Report of the Indian Hemp Drugs Commission, 1894-1895 - Volume IV
Year: 1894
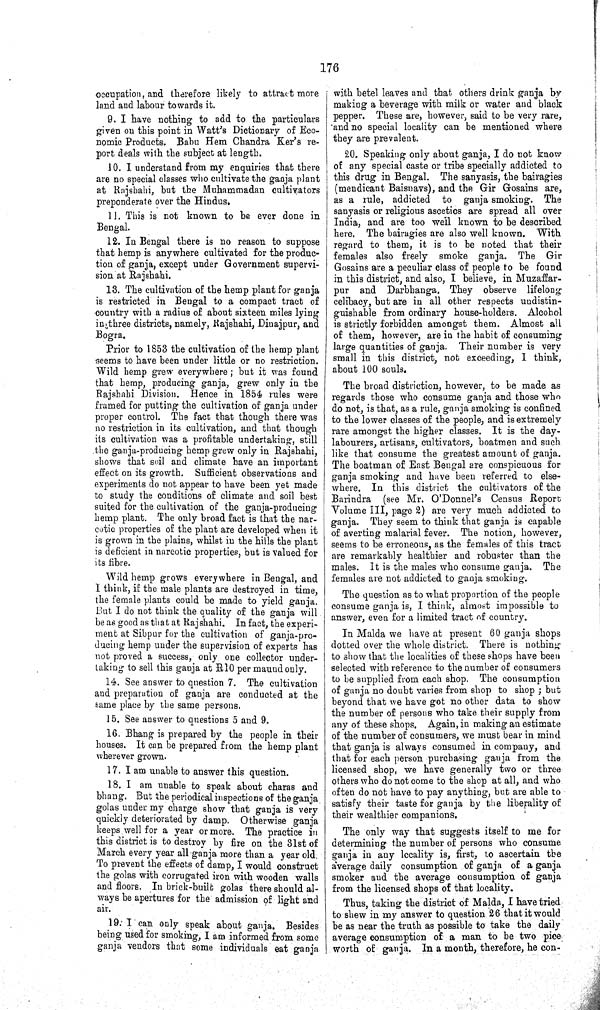
176
occupation, and therefore likely to attract more
land and labour towards it.
9. I have nothing to add to the particulars
given on this point in Watt's Dictionary of Eco¬
nomic Products. Babu Hem Chandra Ker's re¬
port deals with the subject at length.
10. I understand from my enquiries that there
are no special classes who cultivate the ganja plant
at Rajshahi, but the Muhammadan cultivators
preponderate over the Hindus.
11. This is not known to be ever done in
Bengal.
12. In Bengal there is no reason to suppose
that hemp is anywhere cultivated for the produc¬
tion of ganja, except under Government supervi¬
sion at Rajshahi.
13. The cultivation of the hemp plant for ganja
is restricted in Bengal to a compact tract of
country with a radius of about sixteen miles lying
in three districts, namely, Rajshahi, Diuajpur, and
Bogra.
Prior to 1853 the cultivation of the hemp plant
seems to have been under little or no restriction.
Wild hemp grew everywhere; but it was found
that hemp, producing ganja, grew only in the
Rajshahi Division. Hence in 1854 rules were
framed for putting the cultivation of ganja under
proper control. The fact that though there was
no restriction in its cultivation, and that though
its cultivation was a profitable undertaking, still
the ganja-producing hemp grew only in Rajshahi,
shows that soil and climate have an important
effect on its growth. Sufficient observations and
experiments do not appear to have been yet made
to study the conditions of climate and soil best
suited for the cultivation of the ganja-producing
hemp plant. The only broad fact is that the nar¬
cotic properties of the plant are developed when it
is grown in the plains, whilst in the hills the plant
is deficient in narcotic properties, but is valued for
its fibre.
Wild hemp grows everywhere in Bengal, and
1 think, if the male plants are destroyed in time,
the female plants could be made to yield ganja.
But I do not think the quality of the ganja will
be as good as that at Rajshahi. In fact, the experi¬
ment at Sibpur for the cultivation of ganja-pro¬
ducing hemp under the supervision of experts has
not proved a success, only one collector under¬
taking to sell this ganja at R10 per maund only.
14. See answer to question 7. The cultivation
and preparation of ganja are conducted at the
same place by the same persons.
15. See answer to questions 5 and 9.
16. Bhang is prepared by the people in their
houses. It can be prepared from the hemp plant
wherever grown.
17. I am unable to answer this question.
18. I am unable to speak about charas and
bhang. But the periodical inspections of the ganja
golas under my charge show that ganja is very
quickly deteriorated by damp. Otherwise ganja
keeps well for a year or more. The practice in
this district is to destroy by fire on the 31st of
March every year all ganja more than a year old.
To prevent the effects of damp, I would construct
the golas with corrugated iron with wooden walls
and floors. In brick-built golas there should al¬
ways be apertures for the admission of light and
air.
19. I can only speak about ganja. Besides
being used for smoking, I am informed from some
ganja vendors that some individuals eat ganja
with betel leaves and that others drink ganja by
making a beverage with milk or water and black
pepper. These are, however, said to be very rare,
and no special locality can be mentioned where
they are prevalent.
20. Speaking only about ganja, I do not know
of any special caste or tribe specially addicted to
this drug in Bengal. The sanyasis, the bairagies
(mendicant Baisnavs), and the Gir Gosains are,
as a rule, addicted to ganja smoking. The
sanyasis or religious ascetics are spread all over
India, and are too well known to be described
here. The bairagies are also well known. With
regard to them, it is to be noted that their
females also freely smoke ganja. The Gir
Gosains are a peculiar class of people to be found
in this district, and also, I believe, in Muzaffar-
pur and Darbhanga. They observe lifelong
celibacy, but are in all other respects undistin-
guishable from ordinary house-holders. Alcohol
is strictly forbidden amongst them. Almost all
of them, however, are in the habit of consuming
large quantities of ganja. Their number is very
small in this district, not exceeding, I think,
about 100 souls.
The broad distriction, however, to be made as
regards those who consume ganja and those who
do not, is that, as a rule, ganja smoking is confined
to the lower classes of the people, and is extremely
rare amongst the higher classes. It is the day-
labourers, artisans, cultivators, boatmen and such
like that consume the greatest amount of ganja.
The boatman of East Bengal are conspicuous for
ganja smoking and have been referred to else¬
where. In this district the cultivators of the
Barindra (see Mr. O'Donnel's Census Report
Volume III, page 2) are very much addicted to
ganja. They seem to think that ganja is capable
of averting malarial fever. The notion, however,
seems to be erroneous, as the females of this tract
are remarkably healthier and robuster than the
males. It is the males who consume ganja. The
females are not addicted to ganja smoking.
The question as to what proportion of the people
consume ganja is, I think, almost impossible to
answer, even for a limited tract of country.
In Malda we have at present 60 ganja shops
dotted over the whole district. There is nothing
to show that the localities of these shops have been
selected with reference to the number of consumers
to be supplied from each shop. The consumption
of ganja no doubt varies from shop to shop; but
beyond that we have got no other data to show
the number of persons who take their supply from
any of these shops. Again, in making an estimate
of the number of consumers, we must bear in mind
that ganja is always consumed in company, and
that for each person purchasing ganja from the
licensed shop, we have generally two or three
others who do not come to the shop at all, and who
often do not have to pay anything, but are able to
satisfy their taste for ganja by the liberality of
their wealthier
companions.
The only way that suggests itself to me for
determining the number of persons who consume
ganja in any locality is, first, to ascertain the
average daily consumption of ganja of a ganja
smoker and the average consumption of ganja
from the licensed shops of that locality.
Thus, taking the district of Malda, I have tried
to shew in my answer to question 26 that it would
be as near the truth as possible to take the daily
average consumption of a man to be two pice
worth of ganja. In a month, therefore, he con-